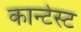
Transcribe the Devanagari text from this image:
कान्टेस्ट